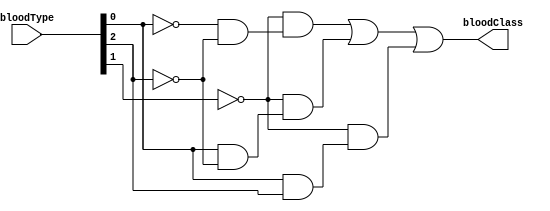
`timescale 1ns / 1ps
`default_nettype none

/*
**********************************************************
** Logic Design Final Project Fall, 2019 Semester
** Amirkabir University of Technology (Tehran Polytechnic)
** Department of Computer Engineering (CEIT-AUT)
** Logic Circuit Design Laboratory
** https://ceit.aut.ac.ir
**********************************************************
** Student ID: XXXXXXX
** Student ID: XXXXXXX
**********************************************************
** Module Name: BloodTypeClassification
**********************************************************
** Additional Comments:
*/

module BloodTypeClassification(
        bloodType,
        bloodClass);
input [2:0] bloodType;
output bloodClass;
wire en;
wire [1:0] s;
wire [3:0] i;
assign en = bloodType[1],
		 s[0]= bloodType[0],
		 s[1]= bloodType[2],
		 i[0]= 1,
		 i[1]=1,
		 i[2]=0,
		 i[3]=1;
 assign
 bloodClass = ~en & i[0]&(~s[0] & ~s[1])|
					~en & i[1]&(s[0] & ~s[1])|
					~en & i[2]&(~s[0] & s[1])|
					~en & i[3]&(s[0] & s[1]);
endmodule